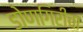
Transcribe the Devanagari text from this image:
डोणगिरीचा